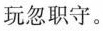
玩忽职守。